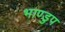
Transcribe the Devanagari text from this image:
भाण्डुप